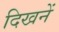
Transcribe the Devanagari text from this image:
दिखनें